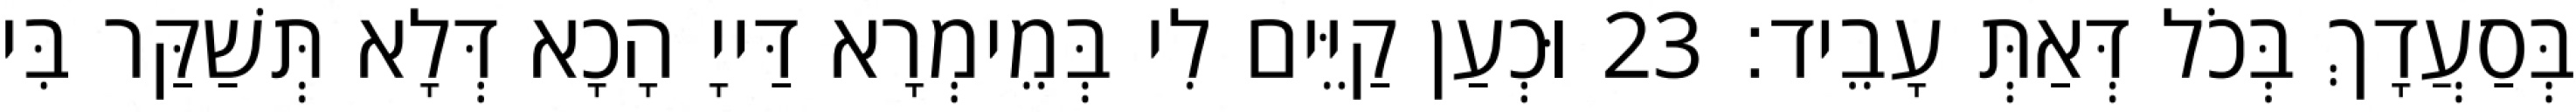
בְּסַעֲדָךְ בְּכֹל דְּאַתְּ עָבֵיד׃ 23 וּכְעַן קַיֵּים לִי בְּמֵימְרָא דַּייָ הָכָא דְּלָא תְּשַׁקַּר בִּי